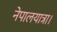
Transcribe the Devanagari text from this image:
नेपालयात्रा।